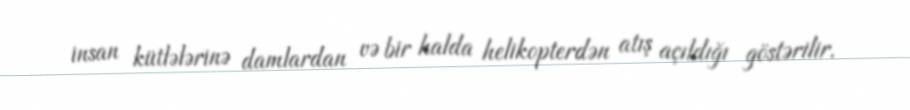
insan kütlələrinə damlardan və bir halda helikopterdən atış açıldığı göstərilir.